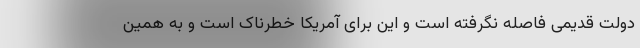
دولت قدیمی فاصله نگرفته است و این برای آمریکا خطرناک است و به همین